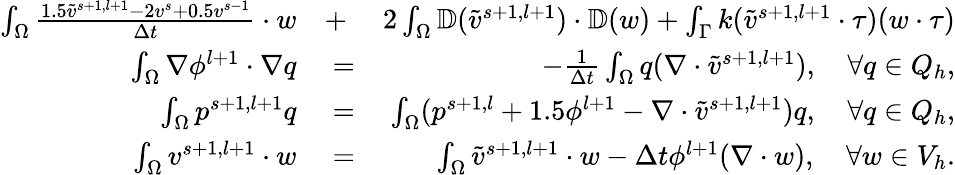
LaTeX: \begin{array}{rlr}{\int_{\Omega}\frac{1.5\tilde{v}^{s+1,l+1}-2v^{s}+0.5v^{s-1}}{\Delta t}\cdot w}&{{}+}&{2\int_{\Omega}\mathbb{D}(\tilde{v}^{s+1,l+1})\cdot\mathbb{D}(w)+\int_{\Gamma}k(\tilde{v}^{s+1,l+1}\cdot\tau)(w\cdot\tau)}\\ {\int_{\Omega}\nabla\phi^{l+1}\cdot\nabla q}&{{}=}&{-\frac{1}{\Delta t}\int_{\Omega}q(\nabla\cdot\tilde{v}^{s+1,l+1}),\quad\forall q\in Q_{h},}\\ {\int_{\Omega}p^{s+1,l+1}q}&{{}=}&{\int_{\Omega}(p^{s+1,l}+1.5\phi^{l+1}-\nabla\cdot\tilde{v}^{s+1,l+1})q,\quad\forall q\in Q_{h},}\\ {\int_{\Omega}v^{s+1,l+1}\cdot w}&{{}=}&{\int_{\Omega}\tilde{v}^{s+1,l+1}\cdot w-\Delta t\phi^{l+1}(\nabla\cdot w),\quad\forall w\in V_{h}.}\end{array}